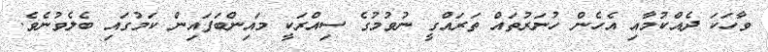
ވާހަކަ ދެއްކުމާއި އެހެން ހުނަރުތައް ތަރައްގީ ނުވުމުގެ ސިއްރަކީ މައިންބަފައިން ކަމުގައި ބެލެވުނެވެ.